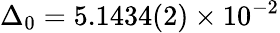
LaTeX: \Delta_{0}=5.1434(2)\times 10^{-2}